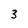
Character: 3